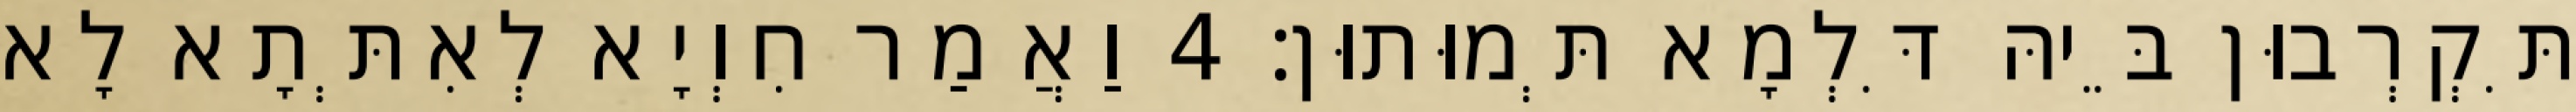
תִּקְרְבוּן בֵּיהּ דִּלְמָא תְּמוּתוּן׃ 4 וַאֲמַר חִוְיָא לְאִתְּתָא לָא